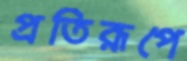
প্রতিরূপে